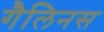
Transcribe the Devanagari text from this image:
गैलिनस